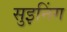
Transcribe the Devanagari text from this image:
सुइनिंग